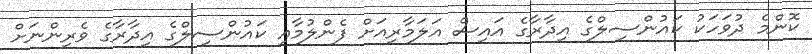
ކޮންމެ ދުވަހަކު ކައުންސިލްގެ އިދާރާގެ އައިސް އަލަމާރިއަށް ފެންލުމާއި ކައުންސިލްގެ އިދާރާގެ ވެރިންނަށް